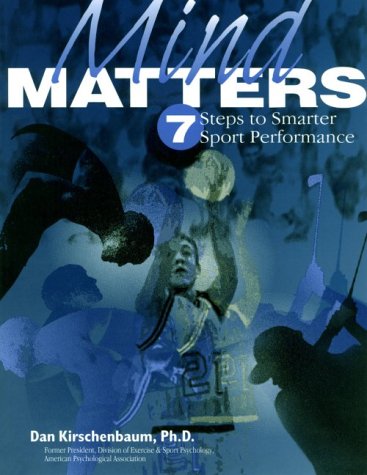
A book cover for Mind Matters: Seven Steps to Smarter Sport Performance; Dan, Ph.D. Kirschenbaum; Sports & Outdoors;